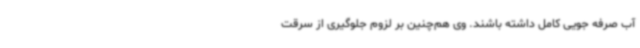
آب صرفه جویی کامل داشته باشند. وی هم‌چنین بر لزوم جلوگیری از سرقت